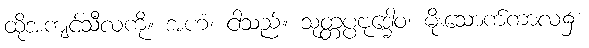
ထိုအကျင့်သီလကို။ အဟံ၊ ငါသည်။ သုတ္တပ္ပဗုဒ္ဓေါဝ၊ မိုးသောက်ကာလ၌